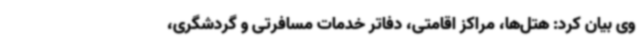
وی بیان کرد: هتل‌ها، مراکز اقامتی، دفاتر خدمات مسافرتی و گردشگری،